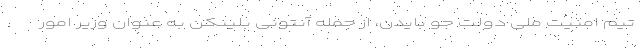
تیم امنیت ملی دولت جو بایدن، از جمله آنتونی بلینکن به عنوان وزیر امور